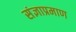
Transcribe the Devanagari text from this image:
संज्ञाप्रमाण